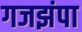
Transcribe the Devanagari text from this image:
गजझंपा